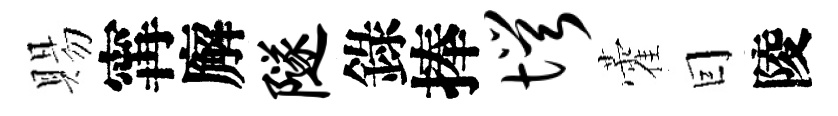
賜𡩋廨隧錄捧愕藿囙陵